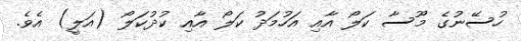
ހުސޭނުގެ މޫސާ ކަލޯ އާއި އަހުމަދު ކަލޯ އާއި ކުދުކަލޯ (އަލީ) އެވެ.